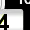
Digit: 3